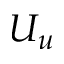
U _ { u }